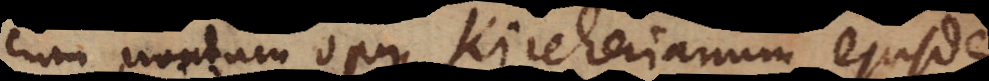
cum nondum opus Kircherianum ejusdem